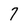
Character: 7